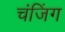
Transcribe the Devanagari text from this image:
चंजिंग